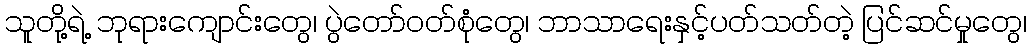
သူတို့ရဲ့ ဘုရားကျောင်းတွေ၊ ပွဲတော်ဝတ်စုံတွေ၊ ဘာသာရေးနှင့်ပတ်သတ်တဲ့ ပြင်ဆင်မှုတွေ၊